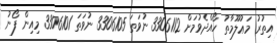
އިތުރު މަޢުލޫމާތު ހޯއްދެވުމަށް 3306112 ނުވަތަ 3306105 ނުވަތަ 3306101 މިއިން ފޯނު